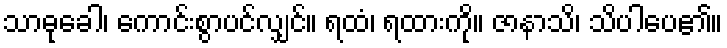
သာဓုခေါ၊ ကောင်းစွာပင်လျှင်။ ရထံ၊ ရထားကို။ ဇာနာသိ၊ သိပါပေ၏။